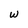
Character: w